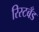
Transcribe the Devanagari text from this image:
रिस्टबँड